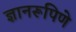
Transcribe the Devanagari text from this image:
ज्ञानरूपिणे